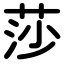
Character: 莎